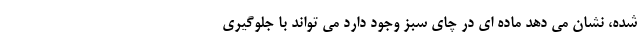
شده، نشان می دهد ماده ای در چای سبز وجود دارد می تواند با جلوگیری